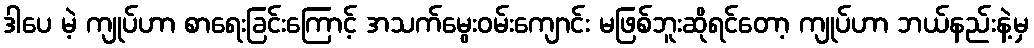
ဒါပေ မဲ့ ကျုပ်ဟာ စာရေးခြင်းကြောင့် အသက်မွေးဝမ်းကျောင်း မဖြစ်ဘူးဆိုရင်တော့ ကျုပ်ဟာ ဘယ်နည်းနဲ့မှ